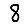
Digit: 8